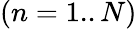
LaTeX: (n=1..N)